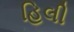
હિલી